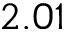
2 . 0 1